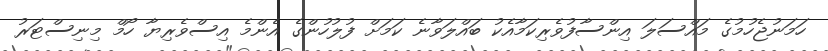
ހަމަނުޖެހުމުގެ މައްސަލަ އިންސާފުވެރިކަމާއެކު ބައްލަވާނެ ކަމަށް ފުލުހުންގެ އެންމެ އިސްވެރިޔާ ހޯމް މިނިސްޓަރު